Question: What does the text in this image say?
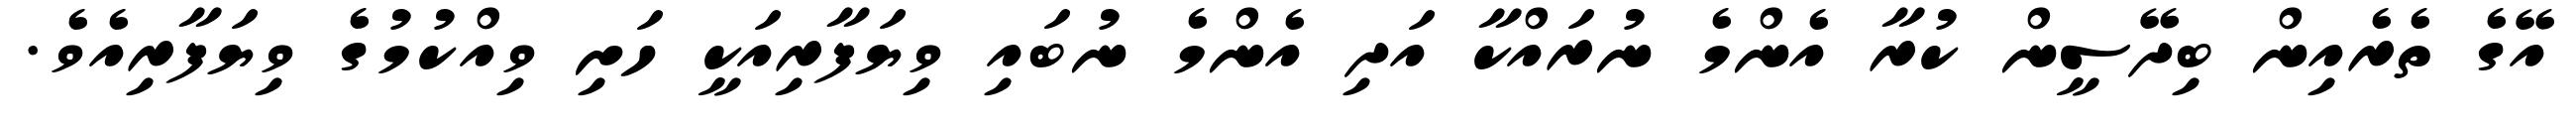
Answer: އޭގެ ތެރެއިން ބިދޭސީން ކުރާ އެންމެ ނުރައްކާ އަދި އެންމެ ނުބައި ވިޔަފާރިއަކީ ހަށި ވިއްކުމުގެ ވިޔަފާރިއެވެ.